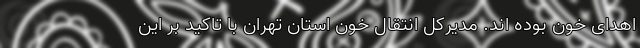
اهدای خون بوده اند. مدیرکل انتقال خون استان تهران با تاکید بر این